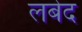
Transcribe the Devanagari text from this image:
लबेद